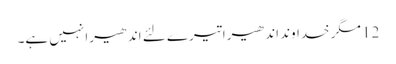
12 مگر خداوند اندھیرا تیرے لئے اندھیرا نہیں ہے۔